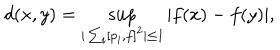
LaTeX: d ( x , y ) = \sup _ { | \sum _ { i } [ p _ { i } , f ] ^ { 2 } | \leq 1 } | f ( x ) - f ( y ) | ,